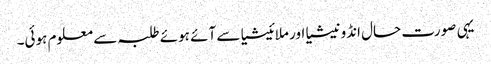
یہی صورت حال انڈونیشیا اور ملائیشیا سے آئے ہوئے طلبہ سے معلوم ہوئی۔